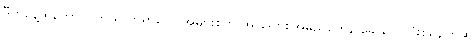
ဒီကနေ့ထိတောင် ကြယ်တာရာတွေ အများစုကို အာရေဗစ်အမည်တွေနဲ့ ခေါ်ဝေါ်သုံးစွဲနေကြဆဲ